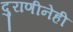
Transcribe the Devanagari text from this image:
दुराणीनेही